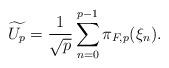
LaTeX: \begin{align*}\widetilde{U_p}=\frac{1}{\sqrt{p}}\sum_{n=0}^{p-1}\pi_{F,p}(\xi_n).\end{align*}